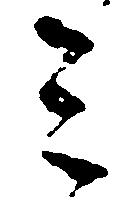
ミ